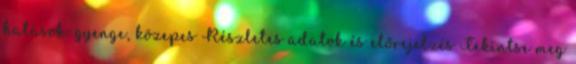
hatások: gyenge, közepes Részletes adatok és előrejelzés Tekintse meg